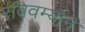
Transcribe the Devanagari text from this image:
रविवर्म्यानॆ